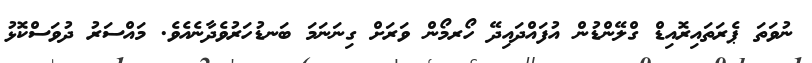
ނުވަތަ ޕެރަތައިރޮއިޑް ގްލޭންޑުން އުފައްދައިދޭ ހޯރމޯން ވަރަށް ގިނަނަމަ ބަނޑުހަރުވެދާނެއެވެ. މައްސަރު ދުވަސްކޮޅު